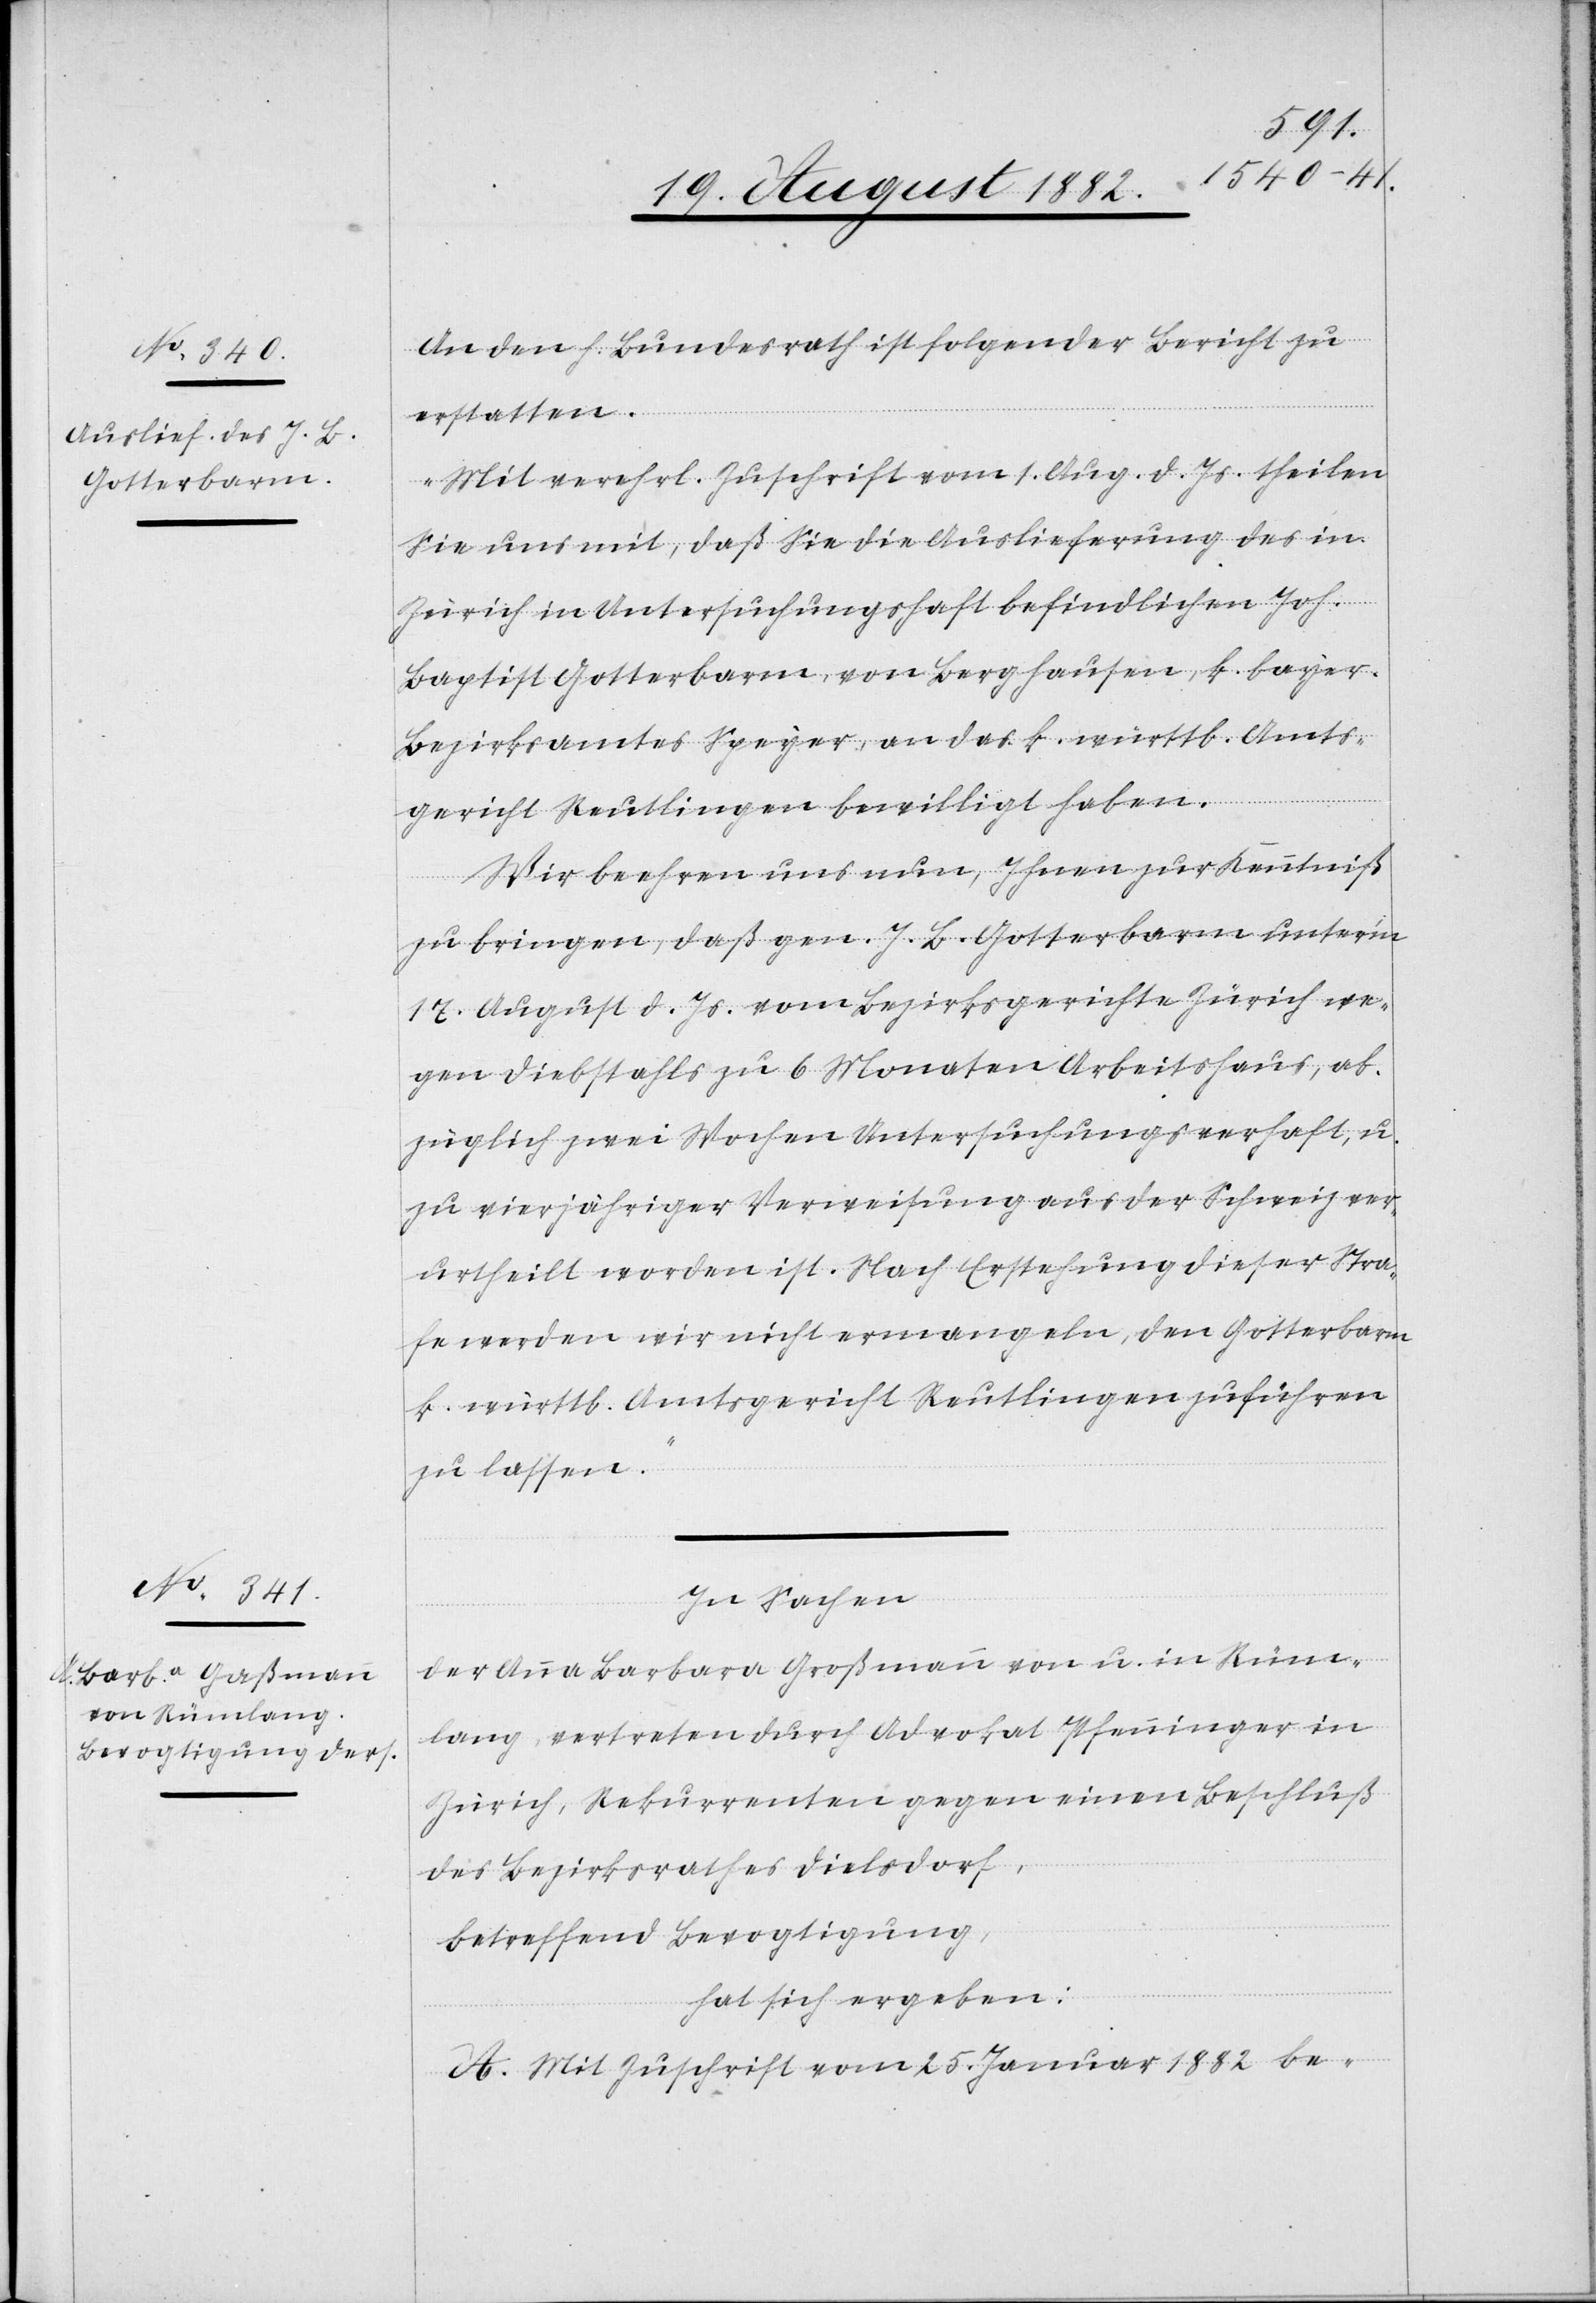
Barbara Großmann

An den h. Bundesrath ist folgender Bericht zu
erstatten:
„Mit verehrl. Zuschrift vom 1. Aug. d. Js. theilen
Sie uns mit, daß Sie die Auslieferung des in
Zürich in Untersuchungshaft befindlichen Joh.
Baptist Gotterbarm, von Berghausen, k. bayer.
Bezirksamtes Speyer, an das k. württb. Amts¬
gericht Reutlingen bewilligt haben.
Wir beehren uns nun, Ihnen zur Kenntniß
zu bringen, daß gen. J. B. Gotterbarm unter’m
17. August d. Js. vom Bezirksgerichte Zürich we¬
gen Diebstahls zu 6 Monaten Arbeitshaus, ab¬
züglich zwei Wochen Untersuchungsverhaft, u.
zu vierjähriger Verweisung aus der Schweiz ver¬
urtheilt worden ist. Nach Erstehung dieser Stra¬
fe werden wir nicht ermangeln, den Gotterbarm
k. württb. Amtsgericht Reutlingen zuführen
zu lassen.“
Rüm¬
In Sachen
lang, vertreten durch Advokat Pfenninger in
Zürich, Rekurrenten gegen einen Beschluß
in
des Bezirksrathes Dielsdorf,
betreffend Bevogtigung,
hat sich ergeben:
A. Mit Zuschrift vom 25. Januar 1882 be-